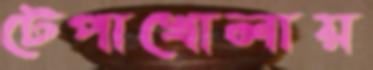
টেপাখোলায়